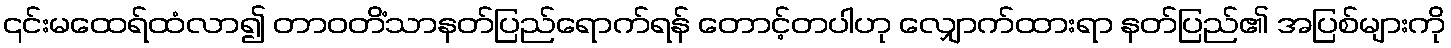
၎င်းမထေရ်ထံလာ၍ တာဝတိံသာနတ်ပြည်ရောက်ရန် တောင့်တပါဟု လျှောက်ထားရာ နတ်ပြည်၏ အပြစ်များကို